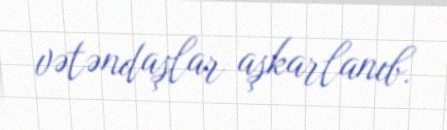
vətəndaşlar aşkarlanıb.